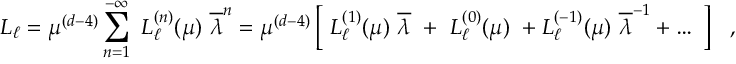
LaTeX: L _ { \ell } = \mu ^ { ( d - 4 ) } \sum _ { n = 1 } ^ { - \infty } \ L _ { \ell } ^ { ( n ) } ( \mu ) ~ { \overline { { \lambda } } } ^ { n } = \mu ^ { ( d - 4 ) } \left[ ~ L _ { \ell } ^ { ( 1 ) } ( \mu ) ~ { \overline { { \lambda } } } \ + \ L _ { \ell } ^ { ( 0 ) } ( \mu ) \ + L _ { \ell } ^ { ( - 1 ) } ( \mu ) ~ { \overline { { \lambda } } } ^ { - 1 } + \dots ~ \right] \ \ , \,